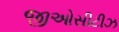
જીઓસીટીઝ